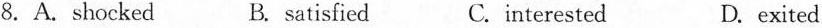
8.A.Shocked B. satisfied C.interested D. exited